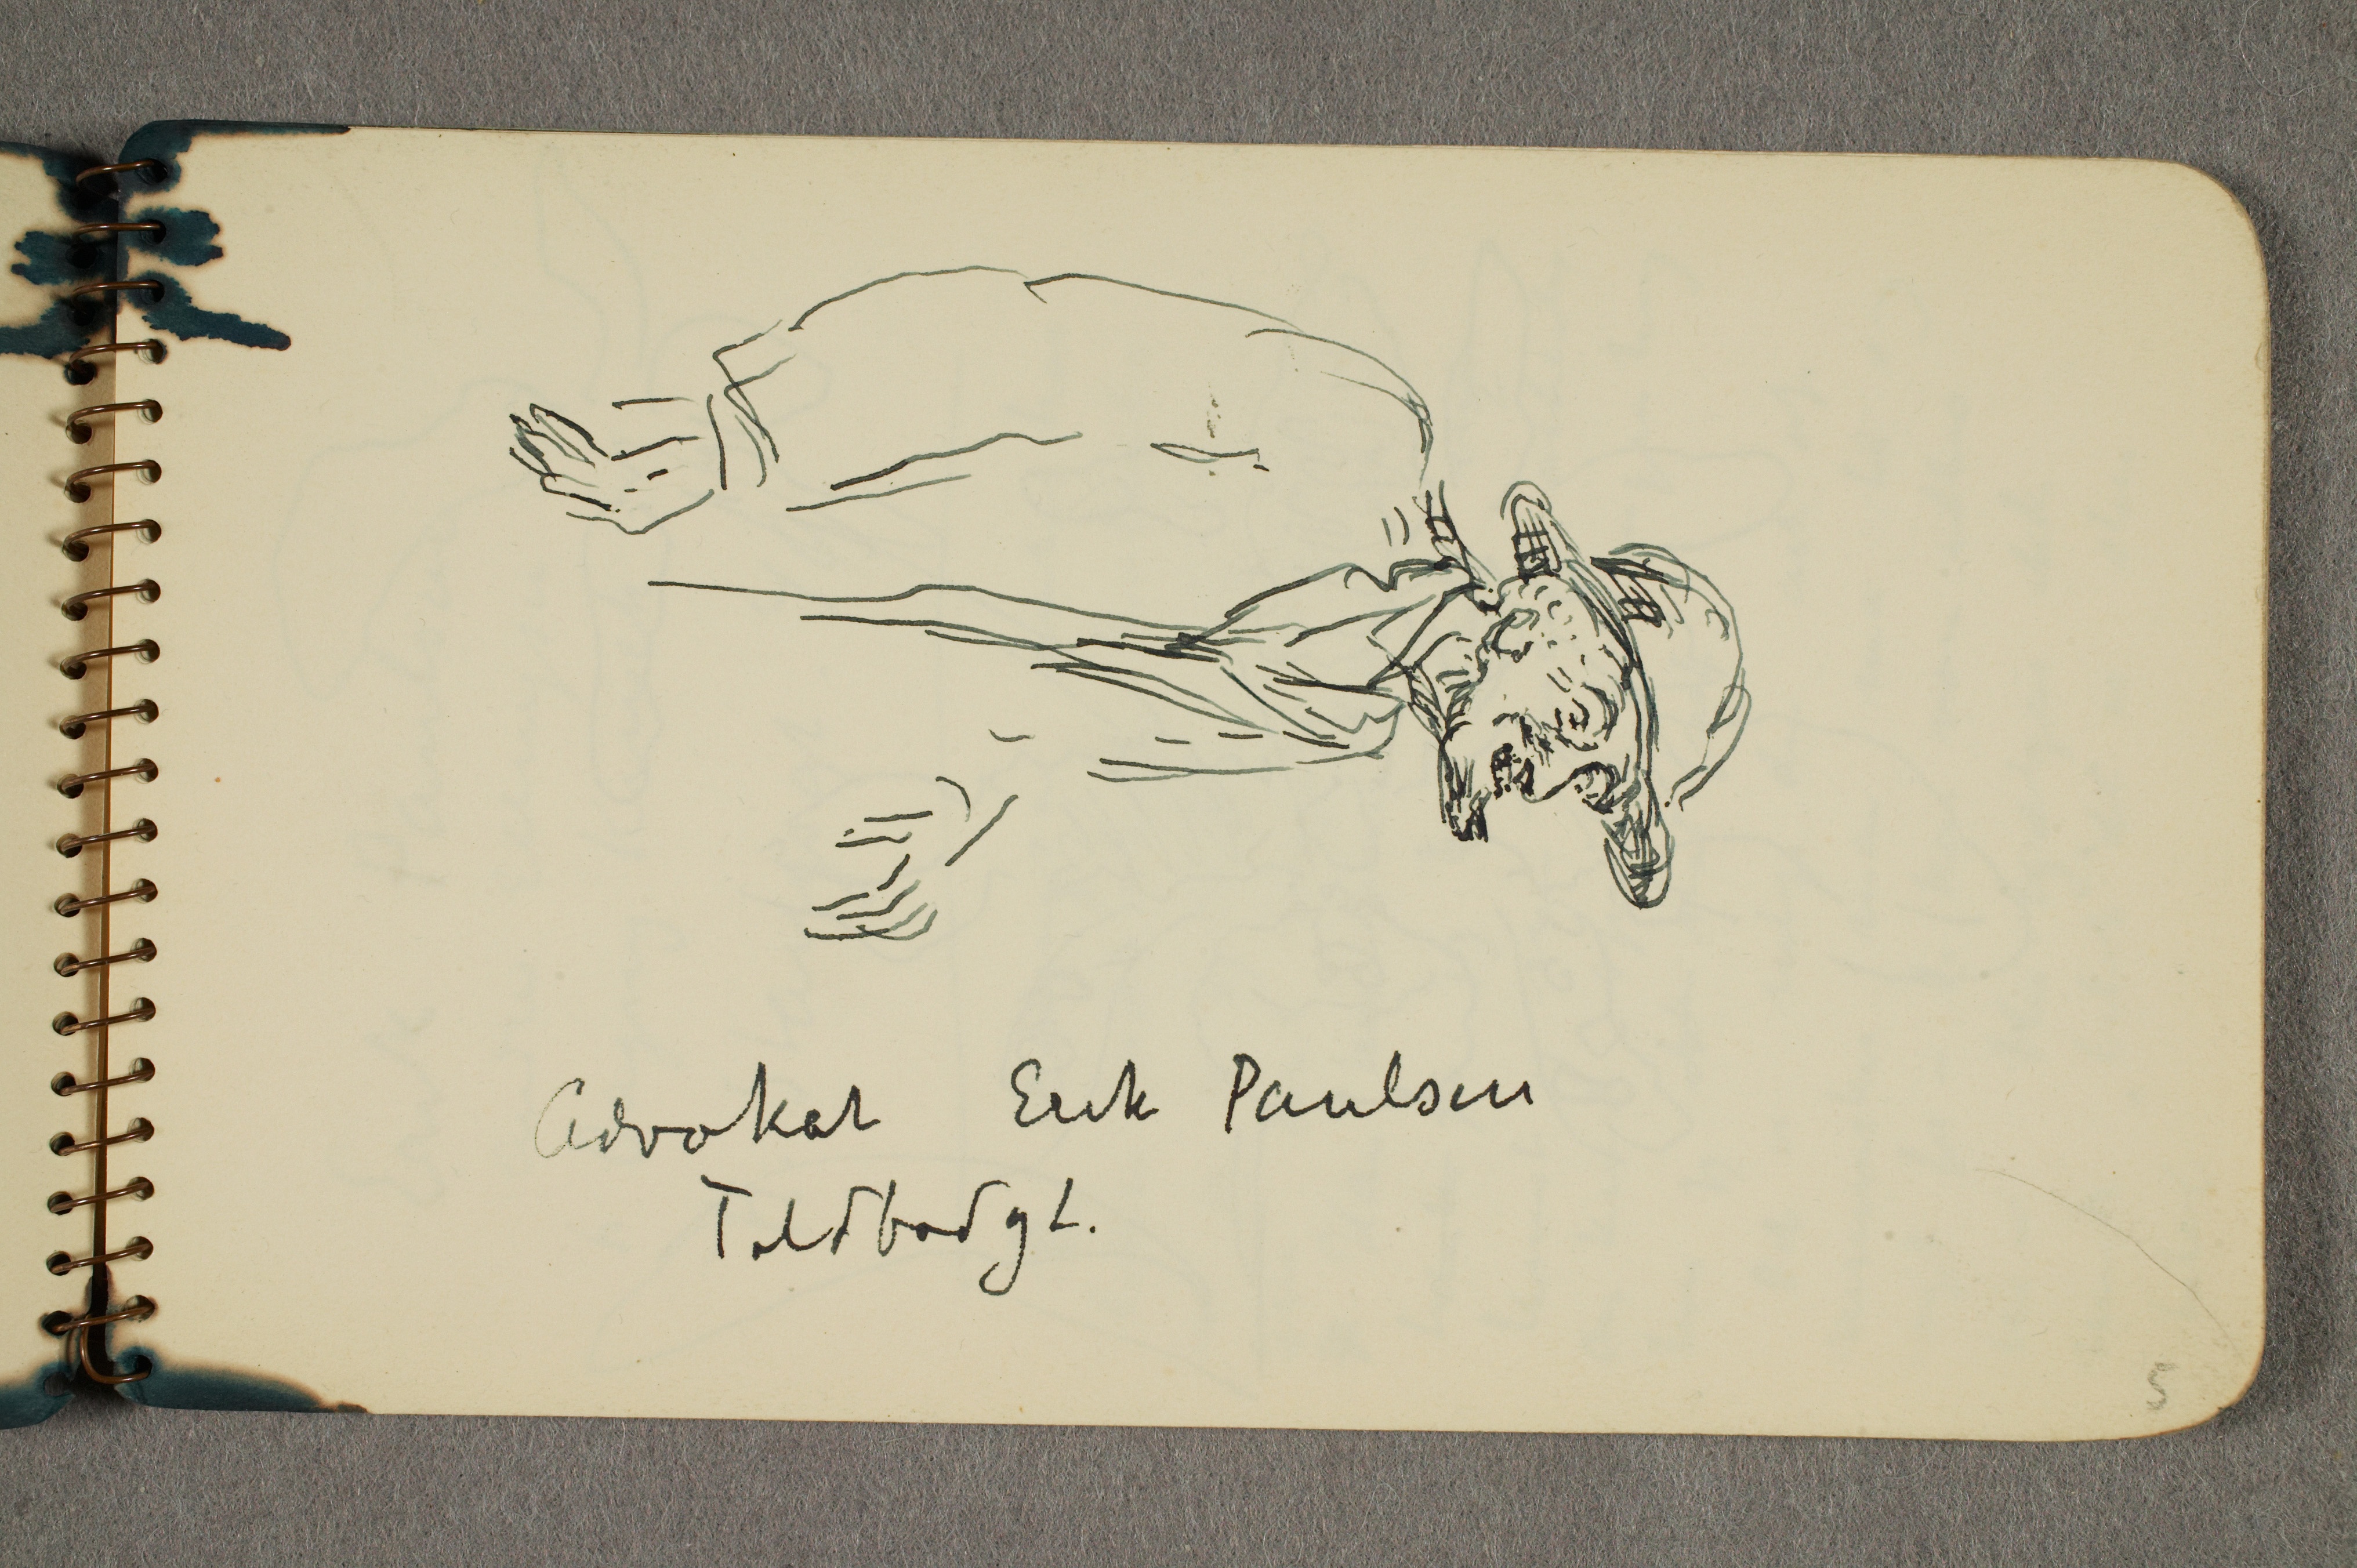
Advokat Erik Paulsen
Toldbodgt.